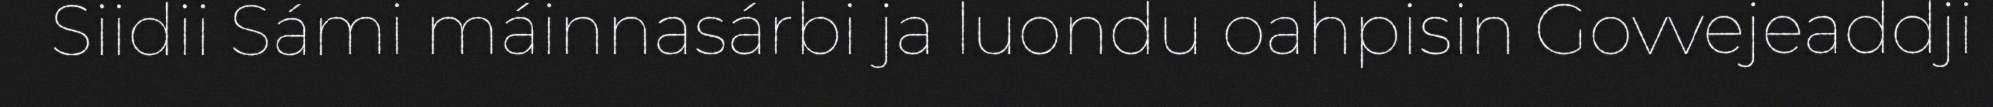
Siidii Sámi máinnasárbi ja luondu oahpisin Govvejeaddji